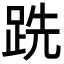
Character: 跣